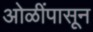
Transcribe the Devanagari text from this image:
ओळींपासून